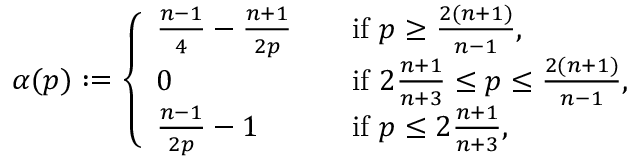
\alpha ( p ) : = \left\{ \begin{array} { l l } { \frac { n - 1 } { 4 } - \frac { n + 1 } { 2 p } } & { \quad \mathrm { i f ~ } p \geq \frac { 2 ( n + 1 ) } { n - 1 } , } \\ { 0 } & { \quad \mathrm { i f ~ } 2 \frac { n + 1 } { n + 3 } \leq p \leq \frac { 2 ( n + 1 ) } { n - 1 } , } \\ { \frac { n - 1 } { 2 p } - 1 } & { \quad \mathrm { i f ~ } p \leq 2 \frac { n + 1 } { n + 3 } , } \end{array} \right.